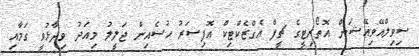
ސިވިލްއޭވިއޭޝަން އޮތޯރިޓީގެ ޗީފް އެގްޒެކްޓިކް އޮފިސަރު ހުސެއިން ޖަލީލު މިއަދު ވިދާޅުވީ ގަމާއި